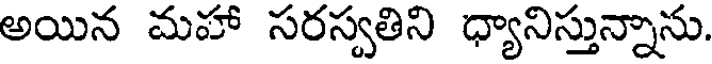
అయిన మహా సరస్వతిని ధ్యానిస్తున్నాను.